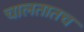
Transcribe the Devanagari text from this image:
चालतातच